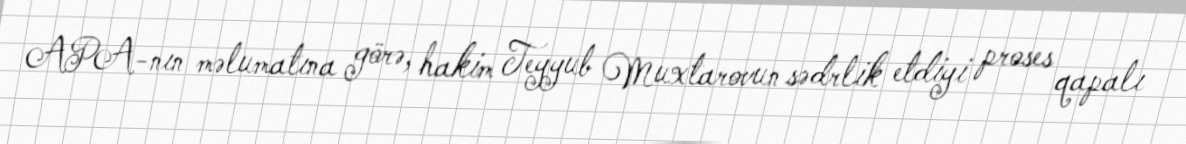
APA-nın məlumatına görə, hakim Teyyub Muxtarovun sədrlik etdiyi proses qapalı